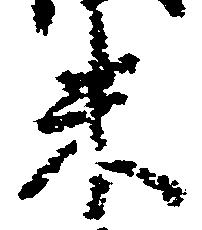
米